Indian journal of veterinary science and animal husbandry - Volume 4,
Year: 1934
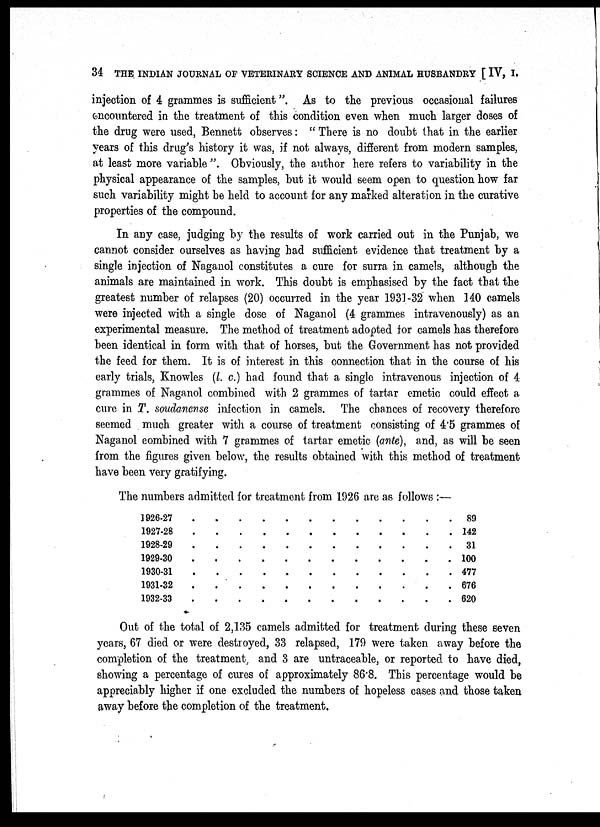
34 THE INDIAN JOURNAL OF VETERINARY SCIENCE AND ANIMAL HUSBANDRY [ IV, I.
injection of 4 grammes is sufficient ". As to the previous occasional failures
encountered in the treatment of this condition even when much larger doses of
the drug were used, Bennett observes: " There is no doubt that in the earlier
years of this drug's history it was, if not always, different from modern samples,
at least more variable ". Obviously, the author here refers to variability in the
physical appearance of the samples, but it would seem open to question how far
such variability might be held to account for any marked alteration in the curative
properties of the compound.
In any case, judging by the results of work carried out in the Punjab, we
cannot consider ourselves as having had sufficient evidence that treatment by a
single injection of Naganol constitutes a cure for surra in camels, although the
animals are maintained in work. This doubt is emphasised by the fact that the
greatest number of relapses (20) occurred in the year 1931-32 when 140 camels
were injected with a single dose of Naganol (4 grammes intravenously) as an
experimental measure. The method of treatment adopted for camels has therefore
been identical in form with that of horses, but the Government has not provided
the feed for them. It is of interest in this connection that in the course of his
early trials, Knowles (l. c.) had found that a single intravenous injection of 4
grammes of Naganol combined with 2 grammes of tartar emetic could effect a
cure in T. soudanense infection in camels. The chances of recovery therefore
seemed much greater with a course of treatment consisting of 4.5 grammes of
Naganol combined with 7 grammes of tartar emetic (ante), and, as will be seen
from the figures given below, the results obtained with this method of treatment
have been very gratifying.
The numbers admitted for treatment from 1926 are as follows :—
1926-27 . . . . . . . . . . . .
1927-28 . . . . . . . . . . . .
1928-29 . . . . . . . . . . . .
1929-30 . . . . . . . . . . . .
1930-31 . . . . . . . . . . . .
1931-32 . . . . . . . . . . . .
1932-33 . . . . . . . . . . . .
89
142
31
100
477
676
620
Out of the total of 2,135 camels admitted for treatment during these seven
years, 67 died or were destroyed, 33 relapsed, 179 were taken away before the
completion of the treatment, and 3 are untraceable, or reported to have died,
showing a percentage of cures of approximately 86.8. This percentage would be
appreciably higher if one excluded the numbers of hopeless cases and those taken
away before the completion of the treatment.